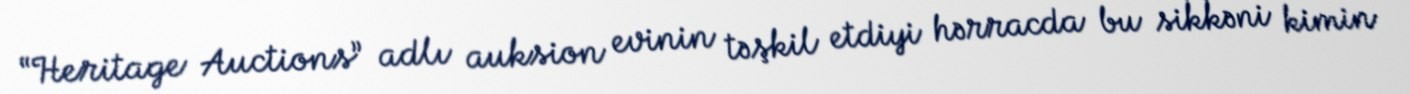
“Heritage Auctions” adlı auksion evinin təşkil etdiyi hərracda bu sikkəni kimin